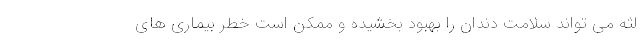
لثه می تواند سلامت دندان را بهبود بخشیده و ممکن است خطر بیماری های